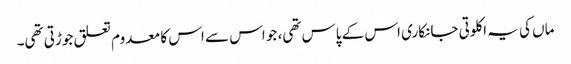
ماں کی یہ اکلوتی جانکاری اس کے پاس تھی، جو اس سے اس کا معدوم تعلق جوڑتی تھی۔